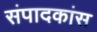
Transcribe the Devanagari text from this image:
संपादकांस